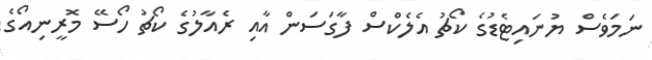
ނަމަވެސް ޔުނައިޓެޑުގެ ކޯޗު އެލެކްސް ފާގަސަން އާއި ރެއާލުގެ ކޯޗު ހޯސޭ މޮރީނިއޯގެ